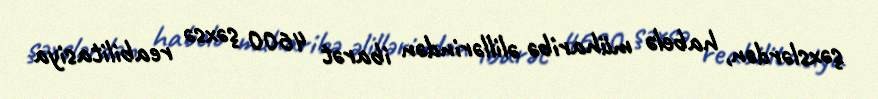
şəxslərdən, habelə müharibə əlillərindən ibarət 4600 şəxsə reabilitasiya